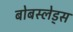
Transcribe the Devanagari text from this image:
बोबस्लेड्स